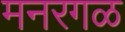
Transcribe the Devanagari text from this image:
मनरगळ